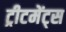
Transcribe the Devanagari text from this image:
ट्रीटमेंट्स